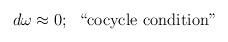
LaTeX: \begin{align*}d \omega \approx 0; \;\; \hbox{``cocycle condition"}\end{align*}